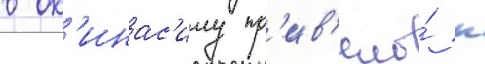
в ок'инас'иму пр'ив'ело́ к